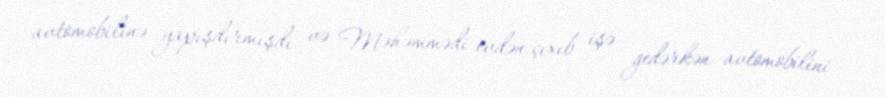
avtomobilinə yapışdırmışdı və Məhəmmədi evdən çıxıb işə gedərkən avtomobilini